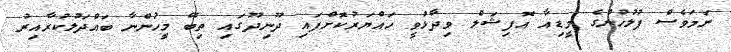
ނަމަވެސް ފުލުހުންގެ މީޑިއާ އޮފިޝަލް ވިދާޅުވީ ހައްޔަރުކޮށްފައި ދޫނިދޫގައި ތިބޭ މީހުންނާ ބައްދަލުކުރާއިރު